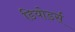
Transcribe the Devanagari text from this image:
डियोडर्स